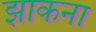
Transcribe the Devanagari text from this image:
झाकना